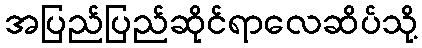
အပြည်ပြည်ဆိုင်ရာလေဆိပ်သို့